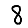
Digit: 8